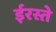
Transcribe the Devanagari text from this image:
ईरस्ते